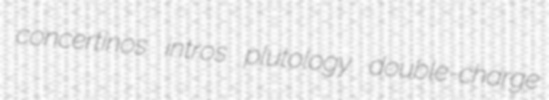
concertinos intros plutology double-charge